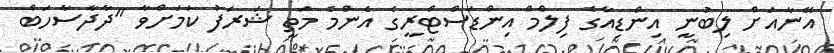
އޭނާއަށް ލިބުނީ އިންޑިއާގެ ފިލްމް އިންޑަސްޓްރީގެ އެންމެ މަތީ ޝަރަފު ކަމަށްވާ "ދާދާސާހަބް